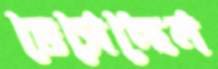
ভেসেছেন